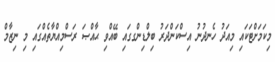
މިކަމަށްޓަކައި މިއަދު ހެނދުނު އިސްކަންދަރު ބިލްޑިންގގައި ބޭއްވި ޙާއްޞަ ރަސްމިއްޔާތެއްގައި މި ނިޒާމް